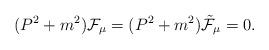
LaTeX: \begin{align*}(P^2 + m^2) {\cal F}_\mu = (P^2 + m^2) {\tilde{\cal F}}_\mu = 0.\end{align*}